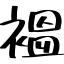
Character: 褞